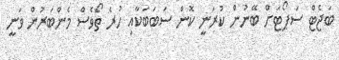
ބަޖެޓް ސަޕޯޓަށް ބޭނުން ކުރަނީ ކޮން ސަބަބަކާއި ހުރެ ތޯވެސް މެންބަރުން ވަނީ